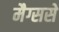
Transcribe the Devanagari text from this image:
मैग्ससे